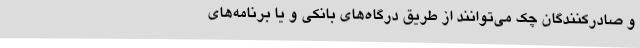
و صادرکنندگان چک می‌توانند از طریق درگاه‌های بانکی و یا برنامه‌های